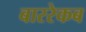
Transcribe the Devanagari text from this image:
बाररेकब